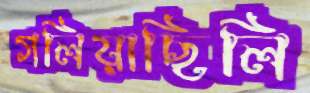
গলিয়াছিলি